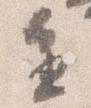
進